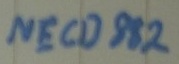
Text: NECD882